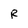
Character: R